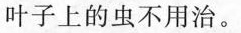
叶子上的虫不用治。